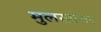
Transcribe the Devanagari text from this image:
मुलखांवर